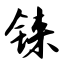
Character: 铼